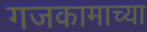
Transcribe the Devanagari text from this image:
गजकामाच्या